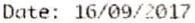
DATE: 16/09/2017